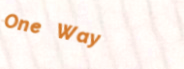
One Way